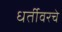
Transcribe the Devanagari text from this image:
धर्तीवरचे